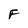
Character: F